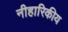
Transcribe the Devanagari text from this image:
नीहारिकीय